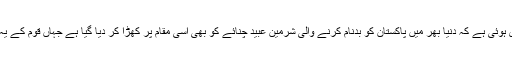
اب اس کی یہ بے توقیری ہوئی ہے کہ دنیا بھر میں پاکستان کو بدنام کرنے والی شرمین عبید چنائے کو بھی اسی مقام پر کھڑا کر دیا گیا ہے جہاں قوم کے یہ بہادر سپوت کھڑے ہیں۔